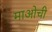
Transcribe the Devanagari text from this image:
माओची